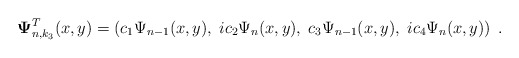
\begin{align*}{\bf \Psi }_{n,k_{3}}^{T}(x,y)=\left( c_{1}\Psi _{n-1}(x,y),\;ic_{2}\Psi_{n}(x,y),\;c_{3}\Psi _{n-1}(x,y),\;ic_{4}\Psi _{n}(x,y)\right) \;.\end{align*}